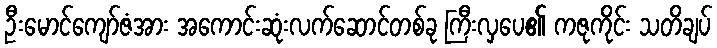
ဦးမောင်ကျော်ဇံအား အကောင်းဆုံးလက်ဆောင်တစ်ခု ကြီးလှပေ၏ ကဇုကိုင်း သတိချပ်